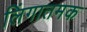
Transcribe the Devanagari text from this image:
लिंगातमक